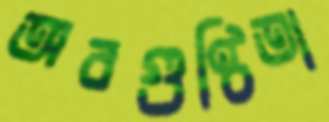
অবগুণ্ঠিতা